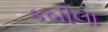
કબીલા